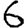
Digit: 6